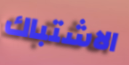
الاشتباك